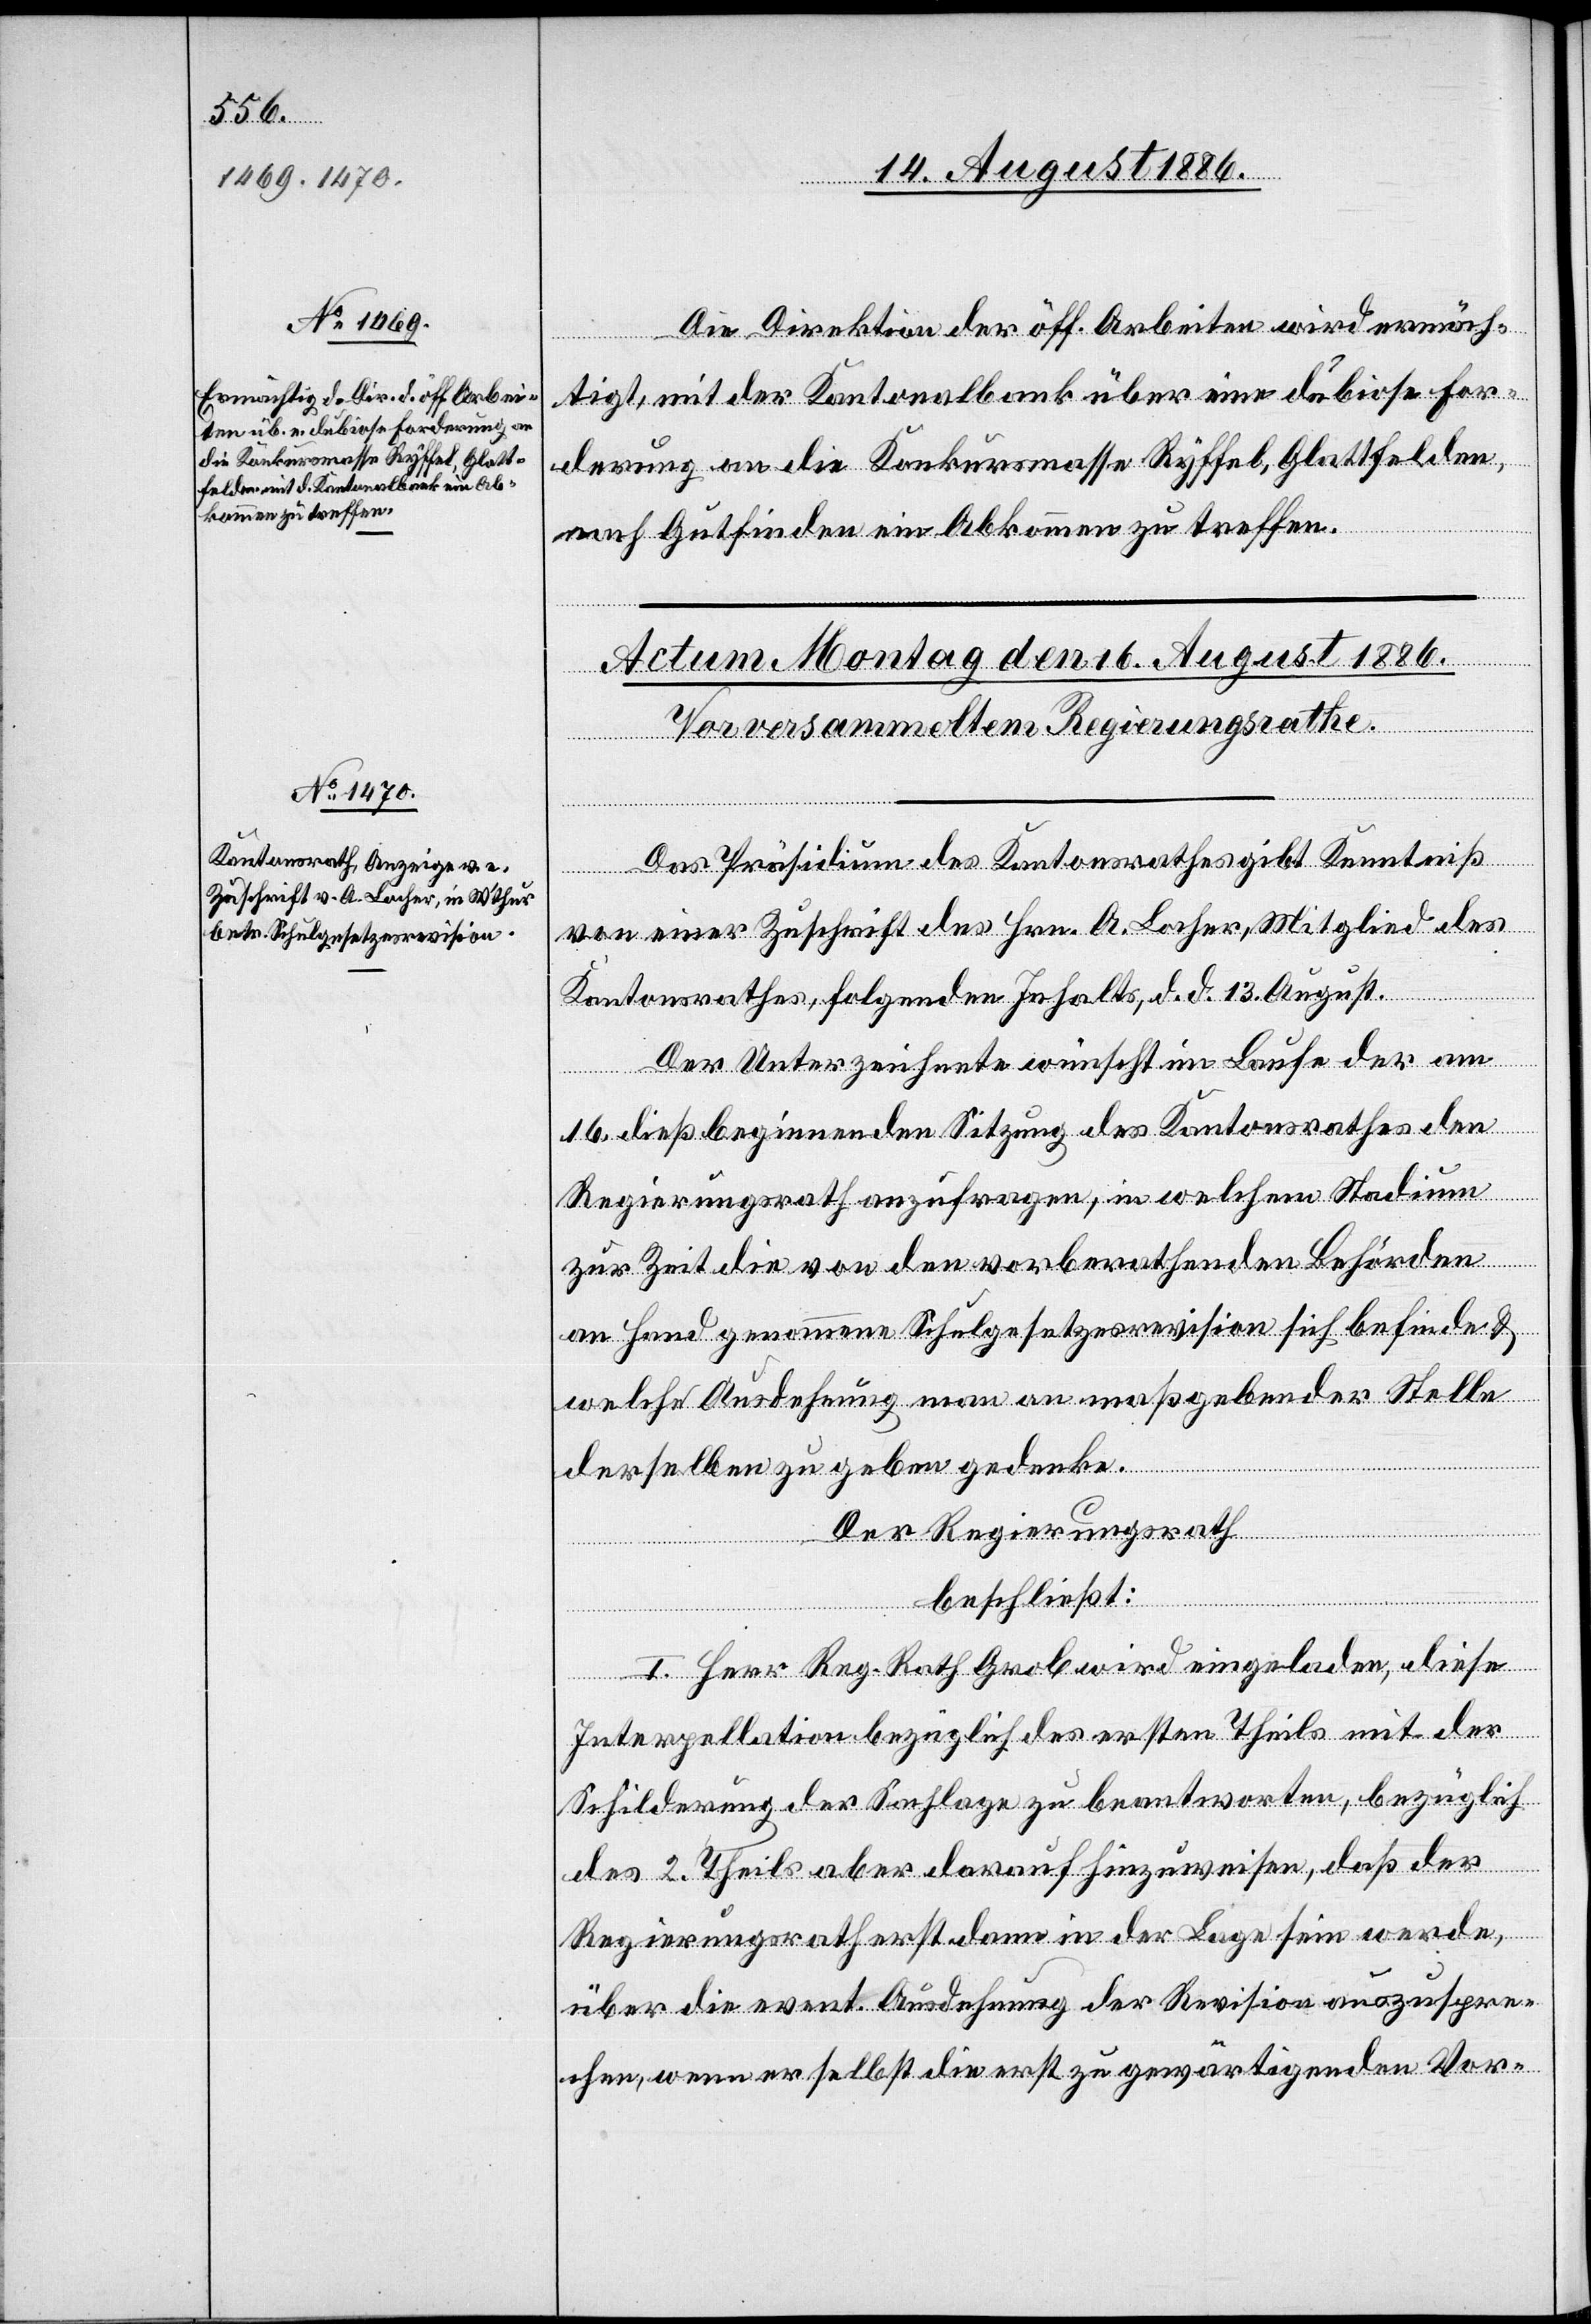
Die Direktion der öff. Arbeiten wird ermäch¬
tigt, mit der Kantonalbank über eine dubiose For¬
derung an die Konkursmasse Ryffel, Glattfelden,
nach Gutfinden ein Abkommen zu treffen.
Das Präsidium des Kantonsrathes gibt Kenntniß
von einer Zuschrift des Hrn. A. Locher, Mitglied des
Kantonsrathes, folgenden Inhalts, d. d. 13. August.
Der Unterzeichnete wünscht im Laufe der am
16. dieß beginnenden Sitzung des Kantonsrathes den
Regierungsrath anzufragen, in welchem Stadium
zur Zeit die von den vorberathenden Behörden
an Hand genommene Schulgesetzesrevision sich befinde &
welche Ausdehnung man an maßgebender Stelle
derselben zu geben gedenke.
Der Regierungsrath
beschließt:
I. Herr Reg. Rath Grob wird eingeladen, diese
Interpellation bezüglich des ersten Theils mit der
Schilderung der Sachlage zu beantworten, bezüglich
des 2. Theils aber darauf hinzuweisen, daß der
Regierungsrath erst dann in der Lage sein werde,
über die event. Ausdehnung der Revision auszuspre¬
chen, wenn er selbst die erst zu gewärtigenden Vor-